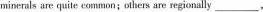
minerals ae quite common;others are regionally ___